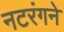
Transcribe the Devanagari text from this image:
नटरंगने